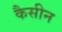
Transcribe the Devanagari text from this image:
कैसीन